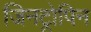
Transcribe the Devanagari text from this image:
जिनट्रोपिन